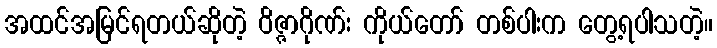
အထင်အမြင်ရတယ်ဆိုတဲ့ ဝိဇ္ဇာဂိုဏ်း ကိုယ်တော် တစ်ပါးက တွေ့ရပါသတဲ့။